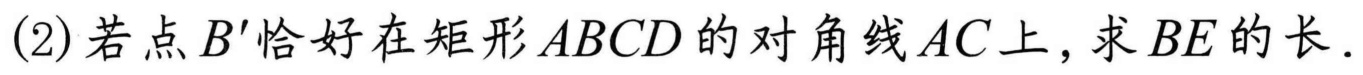
(2) 若点\(B'\)恰好在矩形\(ABCD\)的对角线\(AC\)上, 求\(BE\)的长.